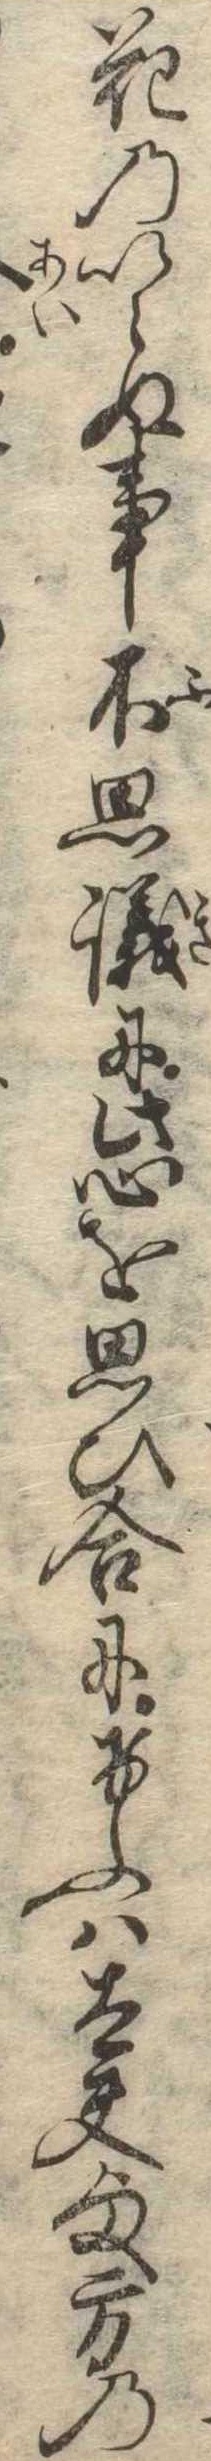
花のいらぬ事不思議に此心を思ひ合にけふは太夫様方の